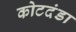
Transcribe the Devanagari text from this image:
कोटदंडा